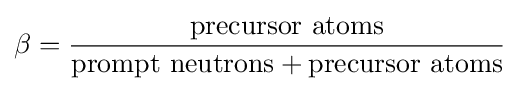
\beta ={\frac {\mbox{precursor atoms}}{{\mbox{prompt neutrons}}+{\mbox{precursor atoms}}}}